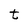
Character: t